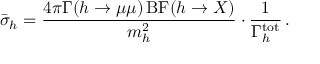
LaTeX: \bar { \sigma } _ { h } = { \frac { 4 \pi \Gamma ( h \to \mu \mu ) \, \mathrm { B F } ( h \to X ) } { m _ { h } ^ { 2 } } } \cdot { \frac { 1 } { \Gamma _ { h } ^ { \mathrm { t o t } } } } \, .